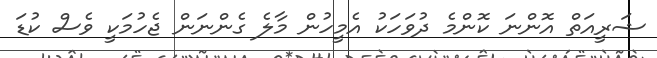
ޝަރީއަތް އޮންނަ ކޮންމެ ދުވަހަކު އެމީހުން މާލެ ގެންނަން ޖެހުމަކީ ވެސް ކުޑަ